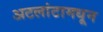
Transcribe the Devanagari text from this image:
अटलांटामधून